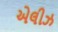
એલીઝ